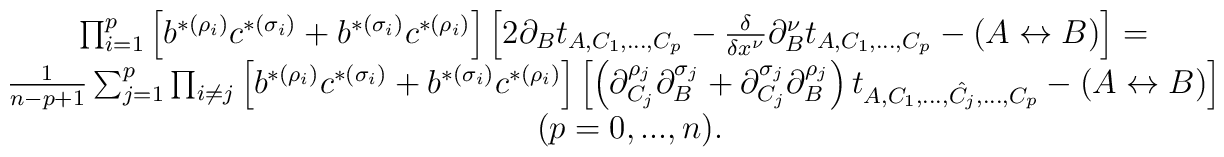
\begin{array}{c}\prod_{i=1}^{p}\left[ b^{*(\rho_{i})} c^{*(\sigma_{i})} +b^{*(\sigma_{i})} c^{*(\rho_{i})} \right]\left[2 \partial_{B} t_{A,C_{1},...,C_{p}}- {\delta \over \delta x^{\nu}} \partial^{\nu}_{B} t_{A,C_{1},...,C_{p}}- (A \leftrightarrow B) \right] =\nonumber \\{1 \over n-p+1} \sum_{j=1}^{p} \prod_{i\not=j}\left[ b^{*(\rho_{i})} c^{*(\sigma_{i})} +b^{*(\sigma_{i})} c^{*(\rho_{i})} \right]\left[\left( \partial^{\rho_{j}}_{C_{j}} \partial^{\sigma_{j}}_{B} +\partial^{\sigma_{j}}_{C_{j}} \partial^{\rho_{j}}_{B} \right)t_{A,C_{1},...,\hat{C_{j}},...,C_{p}} -(A \leftrightarrow B) \right] \nonumber \\\quad (p = 0,...,n).\end{array}